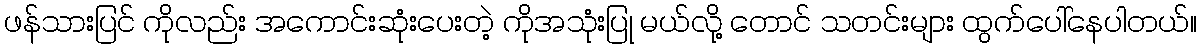
ဖန်သားပြင် ကိုလည်း အကောင်းဆုံးပေးတဲ့ ကိုအသုံးပြု မယ်လို့ တောင် သတင်းများ ထွက်ပေါ်နေပါတယ်။